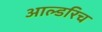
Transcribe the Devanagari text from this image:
आल्डरिच